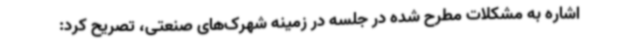
اشاره به مشکلات مطرح شده در جلسه در زمینه شهرک‌های صنعتی، تصریح کرد: